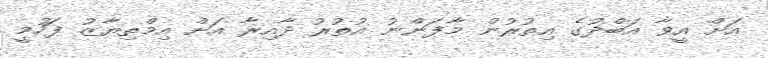
އަށް އީވާ އަބްދުގެ އިތުރުން މާފަންނު އުތުރު ދާއިރާ އަށް އިމްތިޔާޒު ފަހުމީ